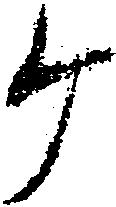
ヶ